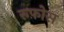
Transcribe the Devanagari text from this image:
रुफ़ोस